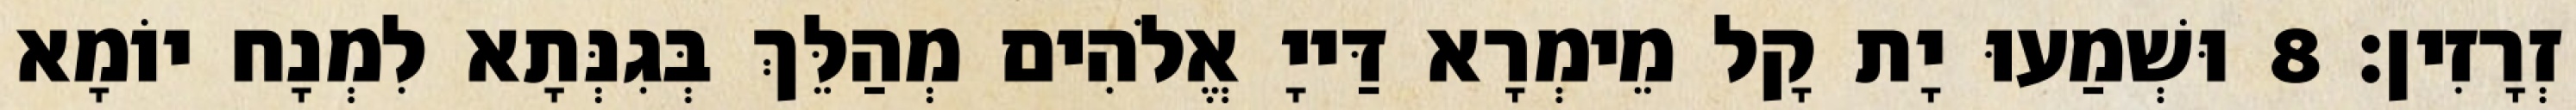
זְרָזִין׃ 8 וּשְׁמַעוּ יָת קָל מֵימְרָא דַּייָ אֱלֹהִים מְהַלֵּךְ בְּגִנְּתָא לִמְנָח יוֹמָא